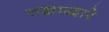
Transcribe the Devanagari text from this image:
तज्ञाद्वारे